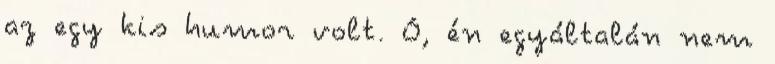
az egy kis humor volt. Ó, én egyáltalán nem